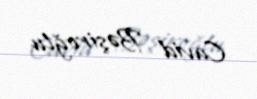
Cavid Bəşiroğlu